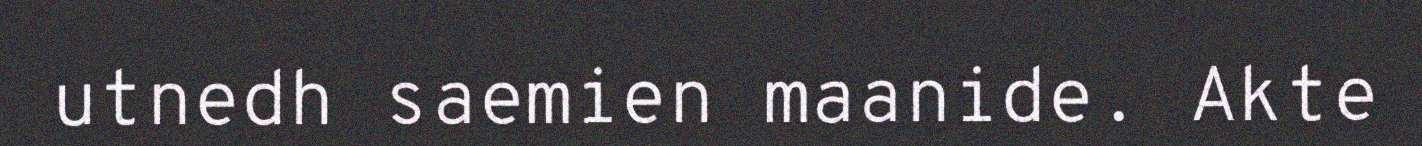
utnedh saemien maanide. Akte